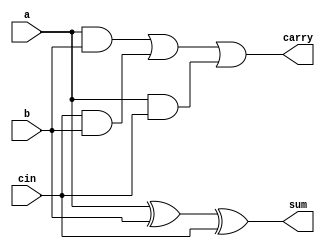

module bitAdder
        (   input a,b,cin,
            output sum,carry
            );

assign sum = a ^ b ^ cin;
assign carry = (a & b) | (cin & b) | (a & cin);

endmodule